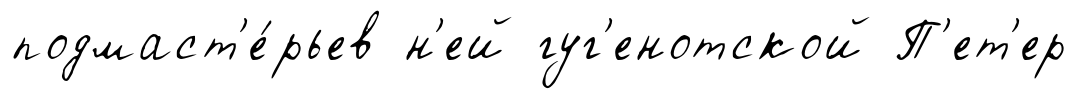
подмаст'е́рьев н'ей гуг'енотской П'ет'ер